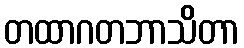
တထာဂတဘာသိတာ